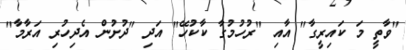
"ވާތީ މަ ކައިރީގާ" އާއި "ރުހުމުގާ ކާކުހޭ" އަދި "ދުށުން އެދިހުރި އަރާމާ"